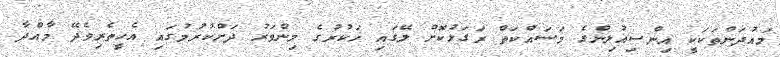
މައުދަންތަކަކީ އިންސިއުލިންގެ މަސައްކަތް ރަަގަޅުކޮށް ލޭގައި ހަކުރުގެ މިންވަރު ދަށްކުރުމުގައި އެހީތެރިވެދޭ މާއްދާ